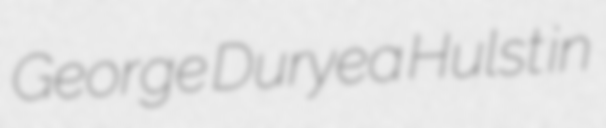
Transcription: George Duryea Hulst in